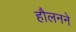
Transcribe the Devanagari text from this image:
हौलनने